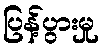
ပြန့်ပွားမှု